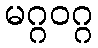
မဂ္ဂဝဂ္ဂ